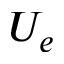
U _ { e }